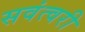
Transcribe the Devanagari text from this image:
सवंत्वरी